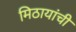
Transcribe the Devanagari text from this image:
मिठायांची